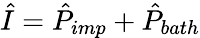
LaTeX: \hat{I}=\hat{P}_{imp}+\hat{P}_{bath}